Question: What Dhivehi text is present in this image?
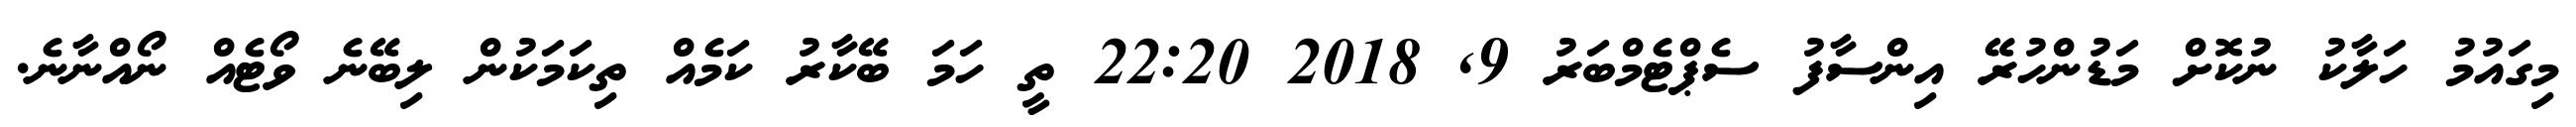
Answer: މިގައުމު ހަލާކު ނުކޮށް މަޑުންހުރޭ އިންސާފު ސެޕްޓެމްބަރު 9, 2018 22:20 ތީ ހަމަ ބޭކާރު ކަމެއް ތިކަމަކުން ލިބޭނެ ވޯޓެއް ނޯއްނާނެ.